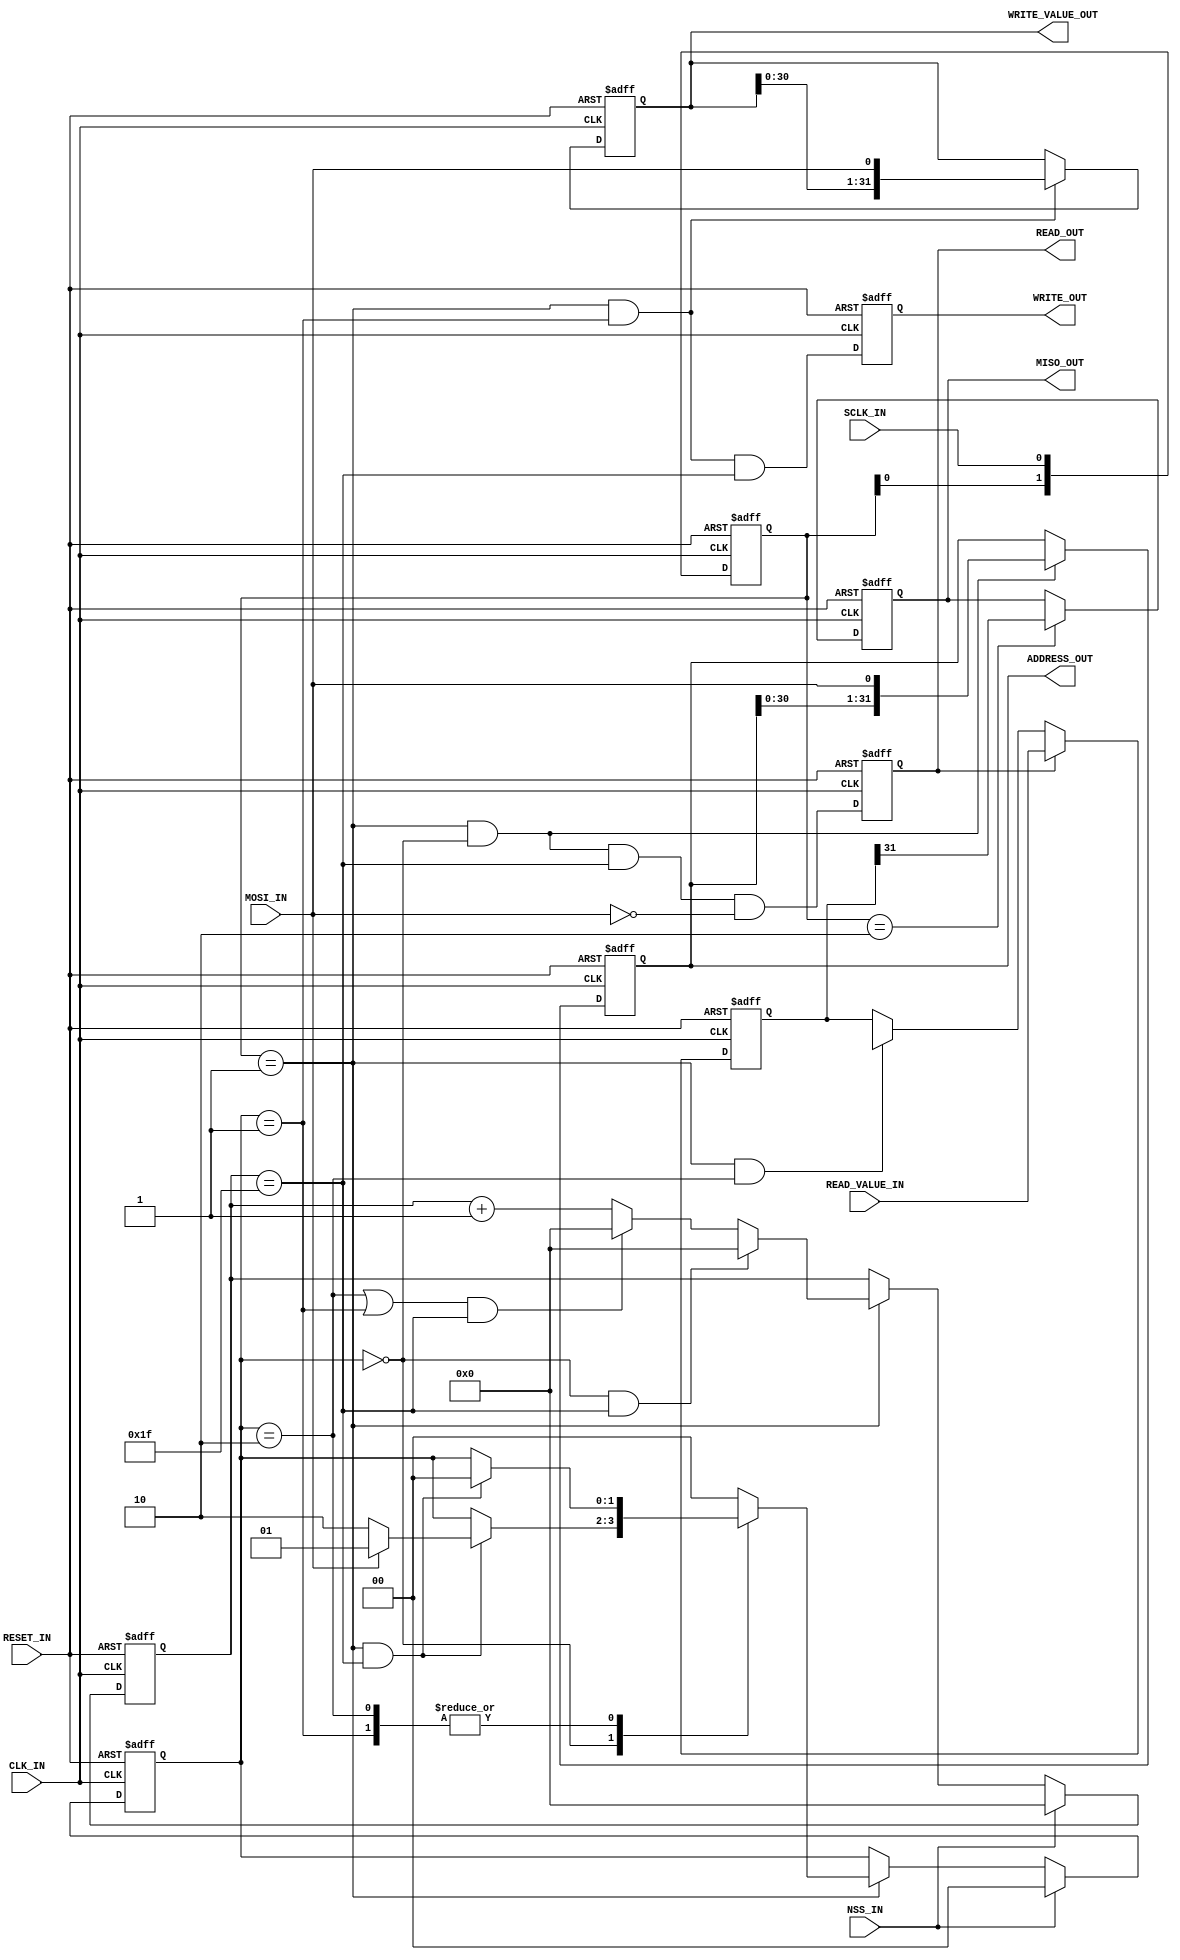
/**
 * A simple SPI slave device which exposes a peek/poke style interface.
 *
 * The master should send an address of which bit 0 indiciates direction (0 =
 * read, 1 = write) and bit 1 is reserved and should be set to zero. Following
 * this the master can either send the value to poke or an ardbitary data when
 * peeking.
 *
 * This SPI device uses CPOL=0 and CPHA=0, i.e. sample bits on the positive-edge
 * of the clock and set-up the next bit on the falling edge. This implementation
 * expects that the SPI clock runs considerably slower than the system clock to
 * allow for actions to be taken between positive/negative clock edges of the
 * SPI clock.
 */

`define MIN(a,b) (((a)<(b)) ? (a) : (b))
`define MAX(a,b) (((a)<(b)) ? (b) : (a))

module spinnaker_fpgas_spi #( // Number of bits in an address
                              parameter ADDR_BITS = 32
                              // Number of bits in a value
                            , parameter VAL_BITS = 32
                            )
                            ( // System reset and clock
                              input wire RESET_IN
                            , input wire CLK_IN
                              
                              // SPI Signals (must be buffered and synchronised
                              // appropriately)
                                // SPI Clock (should much slower than the system
                                // clock).
                            ,   input  wire SCLK_IN
                                // Master output, slave input.
                            ,   input  wire MOSI_IN
                                // Master input, slave output. This should be
                                // externally tri-stated when NSS_IN is high.
                            ,   output reg  MISO_OUT
                                // Slave-select (active low).
                            ,   input  wire NSS_IN
                              
                              // Peek/Poke interface.
                                // Address of the value to be peeked/poked. If
                                // neither READ_OUT nor WRITE_OUT are high, this
                                // value should be ignored.
                            ,   output reg [ADDR_BITS-1:0] ADDRESS_OUT
                                // One-cycle strobe indicating a value is
                                // expected on READ_VALUE_IN next cycle.
                            ,   output reg READ_OUT
                                // One-cycle strobe indicating that
                                // WRITE_VALUE_OUT contains a value to write to
                                // the specified address.
                            ,   output reg WRITE_OUT
                                // Value to write when WRITE_OUT is high.
                            ,   output reg [VAL_BITS-1:0] WRITE_VALUE_OUT
                                // Value read, to be set on next cycle after
                                // READ_OUT.
                            ,   input wire [VAL_BITS-1:0] READ_VALUE_IN
                            );

// State machine states
localparam STATE_ADDR  = 2'd0;
localparam STATE_WRITE = 2'd1;
localparam STATE_READ  = 2'd2;


// Internal registers
reg [1:0] sclk_i;
reg [1:0] state_i;
reg [VAL_BITS-1:0] value_i;
reg [$clog2(`MAX(ADDR_BITS, VAL_BITS))-1:0] counter_i;


// Edge detector for SPI clock
always @ (posedge CLK_IN, posedge RESET_IN)
	if (RESET_IN)
		sclk_i <= 2'b00;
	else
		sclk_i <= {sclk_i[0], SCLK_IN};

// SCLK edge signals
wire sclk_posedge_i = sclk_i == 2'b01;
wire sclk_negedge_i = sclk_i == 2'b10;


// Signals indicating when the counter has reached the final bit of a given
// field.
wire addr_last_bit_i = counter_i == ADDR_BITS - 1;
wire val_last_bit_i  = counter_i == VAL_BITS - 1;

// Counter for shifting in/out bits
always @ (posedge CLK_IN, posedge RESET_IN)
	if (RESET_IN)
		counter_i <= 0;
	else
		// Clear the counter if not selected
		if (NSS_IN)
			counter_i <= 0;
		else if (sclk_posedge_i)
			begin
				// Clear the counter when it reaches its limit
				if (state_i == STATE_ADDR && addr_last_bit_i)
					counter_i <= 0;
				else if ((state_i == STATE_READ || state_i == STATE_WRITE)
				          && val_last_bit_i)
					counter_i <= 0;
				// Increment the counter otherwise
				else
					counter_i <= counter_i + 1;
			end


// Address shift register
always @ (posedge CLK_IN, posedge RESET_IN)
	if (RESET_IN)
		ADDRESS_OUT <= 'bX;
	else
		if (sclk_posedge_i && state_i == STATE_ADDR)
			ADDRESS_OUT <= {ADDRESS_OUT[ADDR_BITS-2:0], MOSI_IN};


// Write value shift register
always @ (posedge CLK_IN, posedge RESET_IN)
	if (RESET_IN)
		WRITE_VALUE_OUT <= 'bX;
	else
		if (sclk_posedge_i && state_i == STATE_WRITE)
			WRITE_VALUE_OUT <= {WRITE_VALUE_OUT[VAL_BITS-2:0], MOSI_IN};


// Read value shift register. Since the value is loaded on the shortly after the
// rising edge of the SPI clock (i.e. when the read strobe pulses after the last
// address bit), the MISO_OUT pin must be latched to ensure that it only changes
// on the SPI clock negative edge (to prevent timing violations). This is why
// the shift register is shifted on the positive edge of the SPI clock.
always @ (posedge CLK_IN, posedge RESET_IN)
	if (RESET_IN)
		value_i <= 'bX;
	else
		if (READ_OUT)
			value_i <= READ_VALUE_IN;
		else if (sclk_posedge_i && state_i == STATE_READ)
			value_i <= {value_i[VAL_BITS-2:0], 1'bX};

// Expose the bits of the value being sent on the negative edge of the SPI clock
always @ (posedge CLK_IN, posedge RESET_IN)
	if (RESET_IN)
		MISO_OUT <= 1'bX;
	else
		if (sclk_negedge_i)
			MISO_OUT <= value_i[VAL_BITS-1];


// Read strobe
always @ (posedge CLK_IN, posedge RESET_IN)
	if (RESET_IN)
		READ_OUT <= 1'b0;
	else
		// Carry out the read immediately upon the recipt of the last address bit
		// when a read is to take place.
		READ_OUT <= sclk_posedge_i
		            && state_i == STATE_ADDR
		            && addr_last_bit_i
		            && MOSI_IN == 1'b0;

// Write strobe
always @ (posedge CLK_IN, posedge RESET_IN)
	if (RESET_IN)
		WRITE_OUT <= 1'b0;
	else
		WRITE_OUT <= sclk_posedge_i && state_i == STATE_WRITE && val_last_bit_i;


// State-machine logic
always @ (posedge CLK_IN, posedge RESET_IN)
	if (RESET_IN)
		state_i <= STATE_ADDR;
	else
		// Reset the state machine when not selected
		if (NSS_IN)
			state_i <= STATE_ADDR;
		else if (sclk_posedge_i)
			case (state_i)
				STATE_ADDR:
					if (sclk_posedge_i && addr_last_bit_i)
						state_i <= MOSI_IN ? STATE_WRITE : STATE_READ;
				
				STATE_READ,
				STATE_WRITE:
					if (sclk_posedge_i && val_last_bit_i)
						state_i <= STATE_ADDR;
				
				default:
					state_i <= STATE_ADDR;
			endcase

endmodule